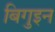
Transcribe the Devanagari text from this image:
बिगुइन